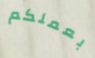
بعملكم